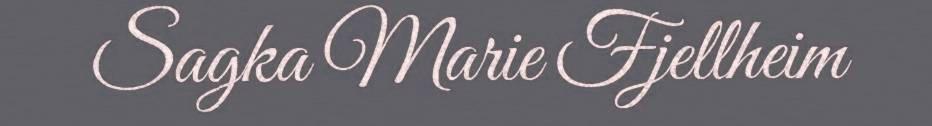
Sagka Marie Fjellheim